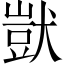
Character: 獃